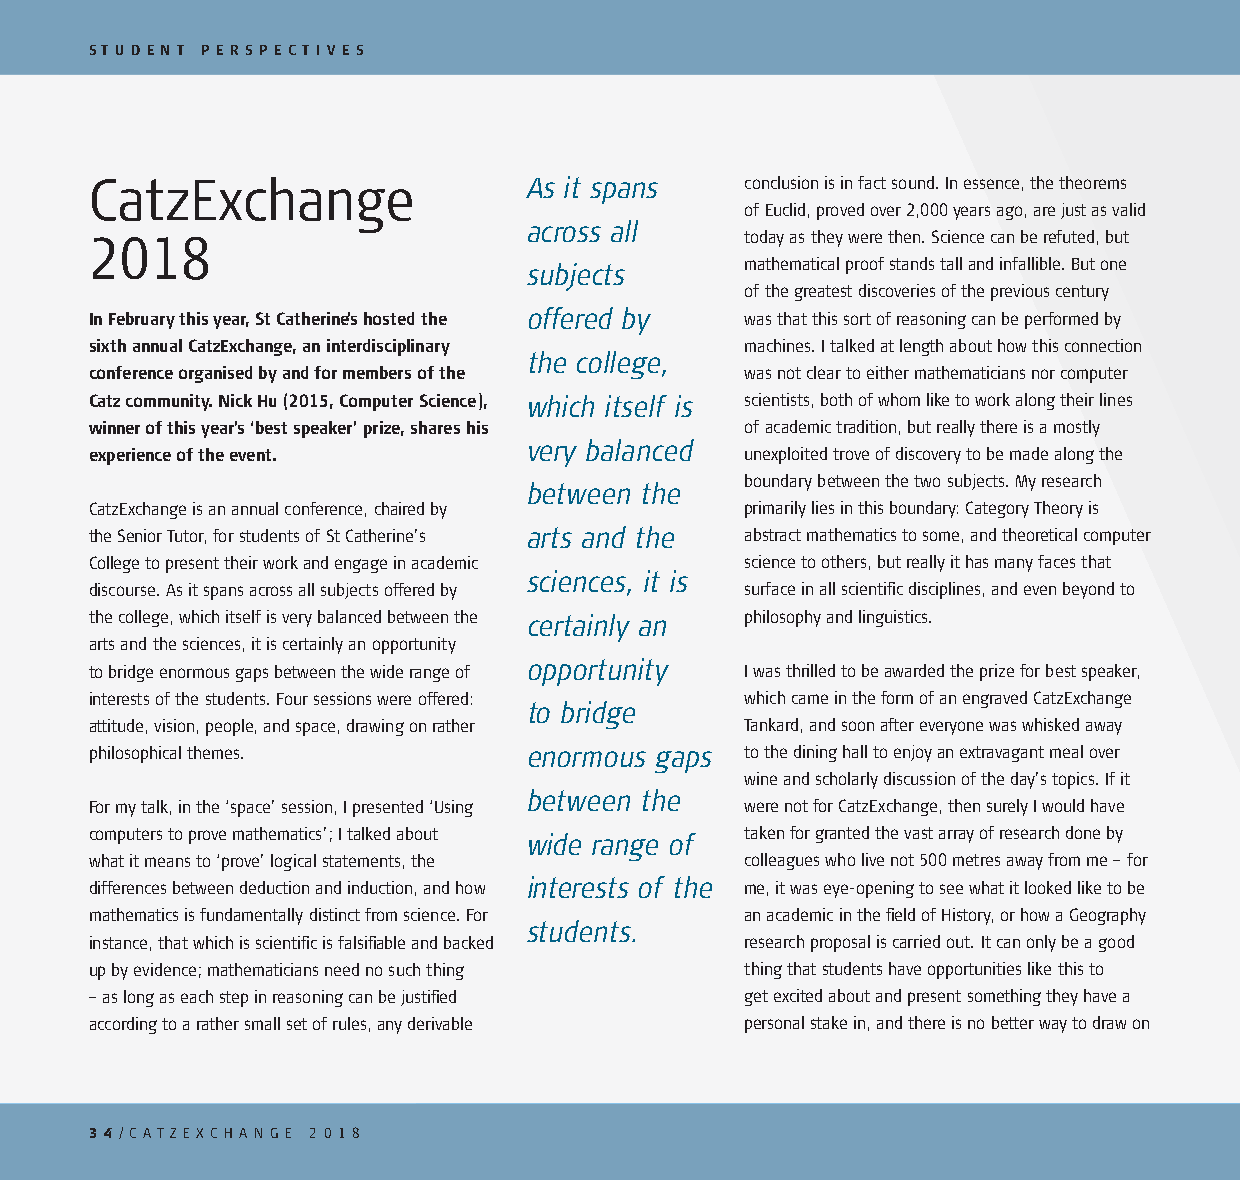
ST U D E N T P E R S P E C T I V E S
 CatzExchange                 As it spans   conclusion is in fact sound. In essence, the theorems
 of Euclid, proved over 2,000 years ago, are just as valid
 across all
 2018                                       today as they were then. Science can be refuted, but
 subjects      mathematical proof stands tall and infallible. But one
 of the greatest discoveries of the previous century
 In February this year, St Catherine’s hosted the offered by was that this sort of reasoning can be performed by
 sixth annual CatzExchange, an interdisciplinary machines. I talked at length about how this connection
 the college,
 conference organised by and for members of the was not clear to either mathematicians nor computer
 Catz community. Nick Hu (2015, Computer Science), which itself is scientists, both of whom like to work along their lines
 winner of this year’s ‘best speaker’ prize, shares his of academic tradition, but really there is a mostly
 very balanced
 experience of the event.                   unexploited trove of discovery to be made along the
 boundary between the two subjects. My research
 between the
 CatzExchange is an annual conference, chaired by primarily lies in this boundary: Category Theory is
 the Senior Tutor, for students of St Catherine’s arts and the abstract mathematics to some, and theoretical computer
 College to present their work and engage in academic science to others, but really it has many faces that
 sciences, it is
 discourse. As it spans across all subjects offered by surface in all scientifi c disciplines, and even beyond to
 the college, which itself is very balanced between the certainly an philosophy and linguistics.
 arts and the sciences, it is certainly an opportunity
 opportunity
 to bridge enormous gaps between the wide range of I was thrilled to be awarded the prize for best speaker,
 interests of the students. Four sessions were offered: which came in the form of an engraved CatzExchange
 to bridge
 attitude, vision, people, and space, drawing on rather Tankard, and soon after everyone was whisked away
 philosophical themes.        enormous gaps to the dining hall to enjoy an extravagant meal over
 wine and scholarly discussion of the day’s topics. If it
 between the
 For my talk, in the ‘space’ session, I presented ‘Using were not for CatzExchange, then surely I would have
 computers to prove mathematics’; I talked about wide range of taken for granted the vast array of research done by
 what it means to ‘prove’ logical statements, the colleagues who live not 500 metres away from me – for
 differences between deduction and induction, and how interests of the me, it was eye -opening to see what it looked like to be
 mathematics is fundamentally distinct from science. For an academic in the fi eld of History, or how a Geography
 students.
 instance, that which is scientifi c is falsifi able and backed research proposal is carried out. It can only be a good
 up by evidence; mathematicians need no such thing thing that students have opportunities like this to
 – as long as each step in reasoning can be justifi ed get excited about and present something they have a
 according to a rather small set of rules, any derivable personal stake in, and there is no better way to draw on
 3 4/ C ATZ EX C H A N G E 2 0 1 8